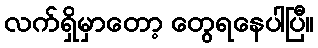
လက်ရှိမှာတော့ တွေရနေပါပြီ။